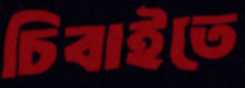
চিবাইতে